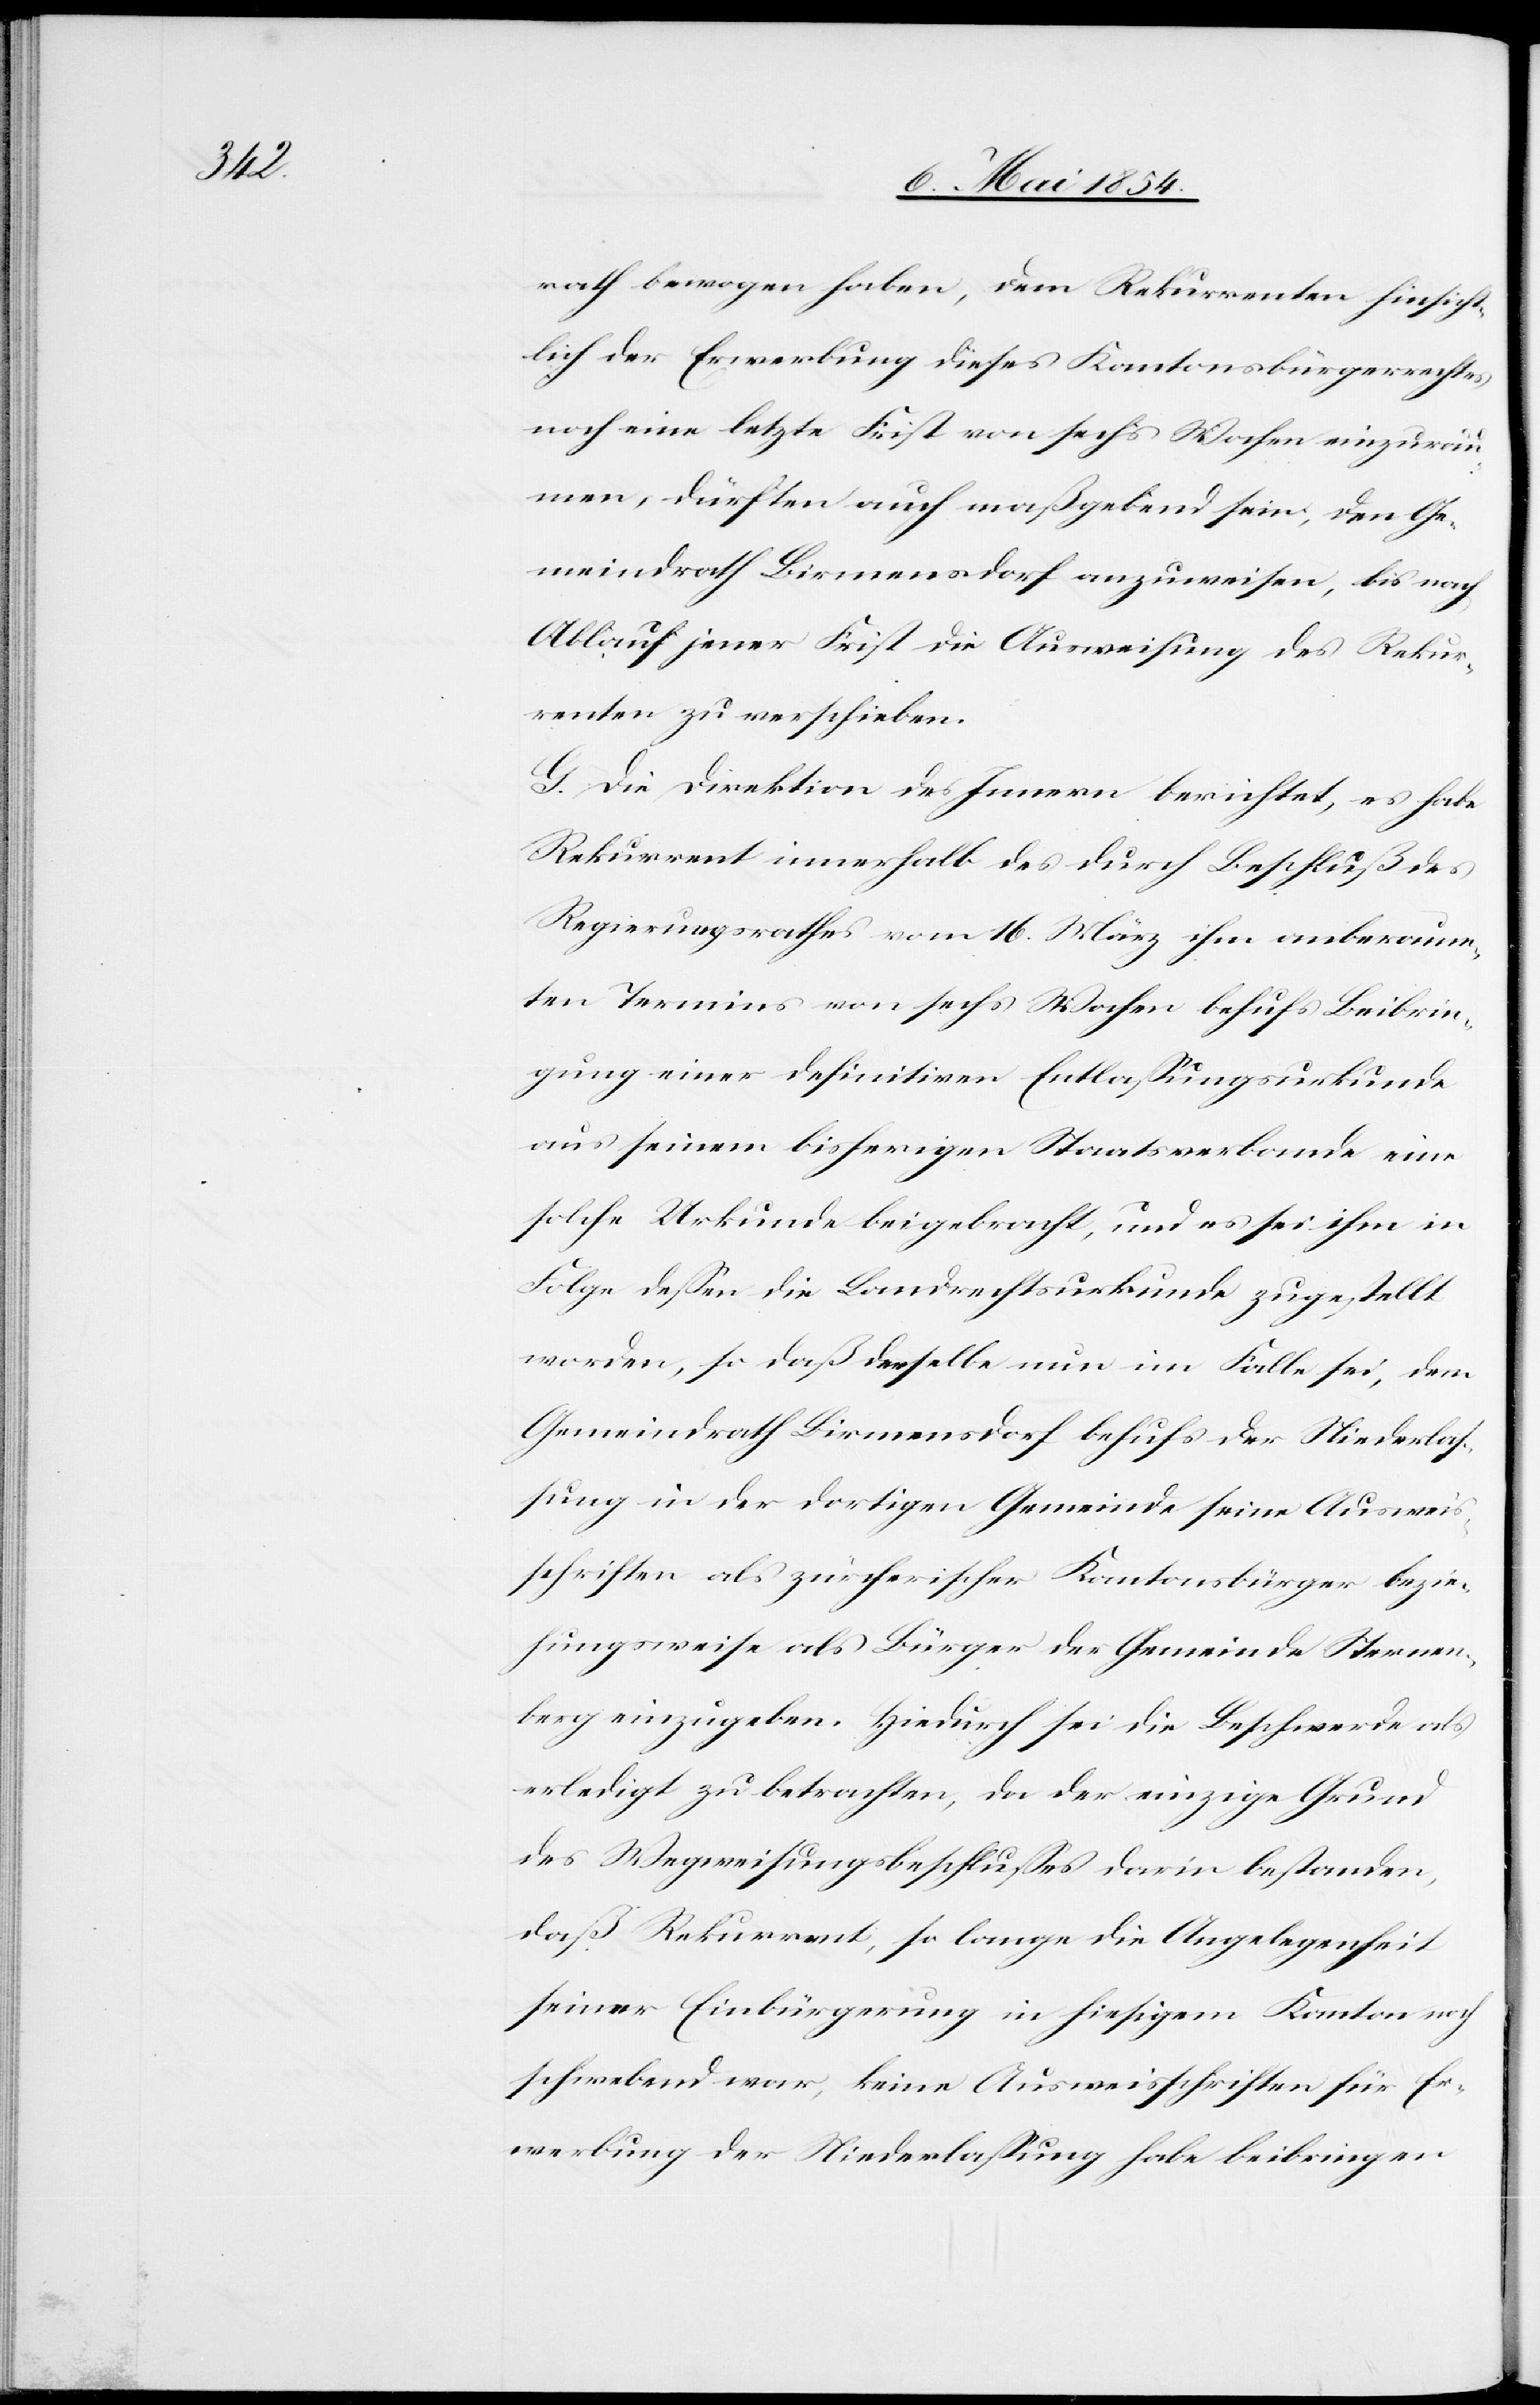
rath bewogen haben, dem Rekurrenten hinsicht¬
lich der Erwerbung dieses Kantonsbürgerrechtes
noch eine letzte Frist von sechs Wochen einzuräu¬
men, dürften auch maßgebend sein, den Ge¬
meindrath Birmensdorf anzuweisen, bis nach
Ablauf jener Frist die Ausweisung des Rekur¬
renten zu verschieben.
G. Die Direktion des Innern berichtet, es habe
Rekurrent innerhalb des durch Beschluß des
Regierungsrathes vom 16. März ihm anberaum¬
ten Termins von sechs Wochen behufs Beibrin¬
gung einer definitiven Entlaßungsurkunde
aus seinem bisherigen Staatsverbande eine
solche Urkunde beigebracht, und es sei ihm in
Folge deßen die Landrechtsurkunde zugstellt
worden, so daß derselbe nun im Falle sei, dem
Gemeindrath Birmensdorf behufs der Niederlaß¬
ung in der dortigen Gemeinde seine Ausweis¬
schriften als zürcherischer Kantonsbürger bezie¬
hungsweise als Bürger der Gemeinde Sternen¬
berg einzugeben. Hiedurch sei die Beschwerde als
erledigt zu betrachten, da der einzige Grund
des Wegweisungsbeschlußes darin bestanden,
daß Rekurrent, so lange die Angelegenheit
seiner Einbürgerung in hiesigem Kanton noch
schwebend war, keine Ausweisschriften für Er¬
werbung der Niederlaßung habe beibringen